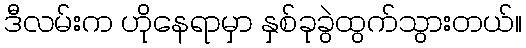
ဒီလမ်းက ဟိုနေရာမှာ နှစ်ခုခွဲထွက်သွားတယ်။